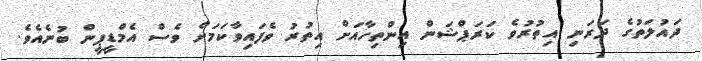
ދައުލަތުގެ ދަރަނި އިތުރުވެ ކަރަޕްޝަން އިންތިހާއަށް އިތުރު ވެފައިވާކަމަށް ވެސް އެމްޑީޕީން ބުނެއެވެ.